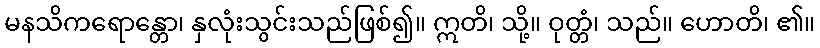
မနသိကရောန္တော၊ နှလုံးသွင်းသည်ဖြစ်၍။ ဣတိ၊ သို့။ ဝုတ္တံ၊ သည်။ ဟောတိ၊ ၏။